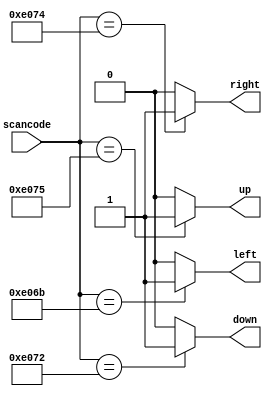
// synthesis verilog_input_version verilog_2001
module top_module (
    input [15:0] scancode,
    output reg left,
    output reg down,
    output reg right,
    output reg up  ); 
    
    always@(*) begin
        /* By predefining our outputs, we don't need to add a default case in our case statement*/
        right=1'b0; up=1'b0; left=1'b0; down=1'b0;					/* Teh default case*/
        case(scancode[15:0])
			16'he074: right=1'b1;	/* Right Arrow */
            16'he075: up=1'b1;		/* Up Arrow*/
            16'he06b: left=1'b1;	/* Left Arrow */
            16'he072: down=1'b1;	/* Down Arrow */
        endcase
    end

endmodule